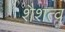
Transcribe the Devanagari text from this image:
शैशत्व